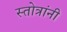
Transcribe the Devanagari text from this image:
स्तोत्रांनी